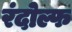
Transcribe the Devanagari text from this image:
रंदोल्फ